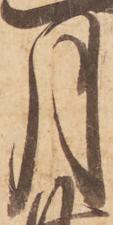
月